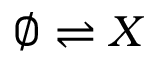
\emptyset \rightleftharpoons X